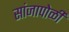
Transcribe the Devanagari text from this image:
सांजापोळी